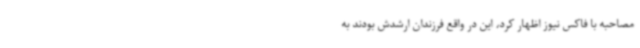
مصاحبه با فاکس نیوز اظهار کرد، این در واقع فرزندان ارشدش بودند به